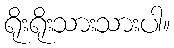
ရိုးရိုးသားသားပါ။